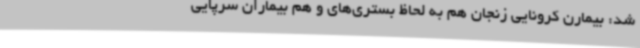
شد: بیمارن کرونایی زنجان هم به لحاظ بستری‌های و هم بیماران سرپایی